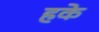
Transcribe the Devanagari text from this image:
हके